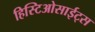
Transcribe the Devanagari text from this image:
हिस्टिओसाईट्स